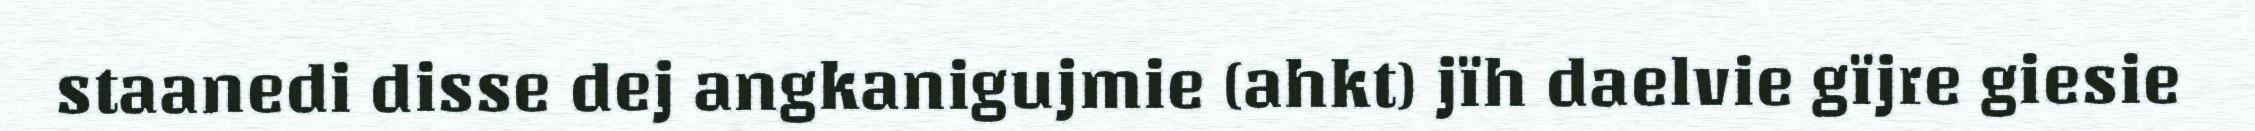
staanedi disse dej angkanigujmie (ahkt) jïh daelvie gïjre giesie